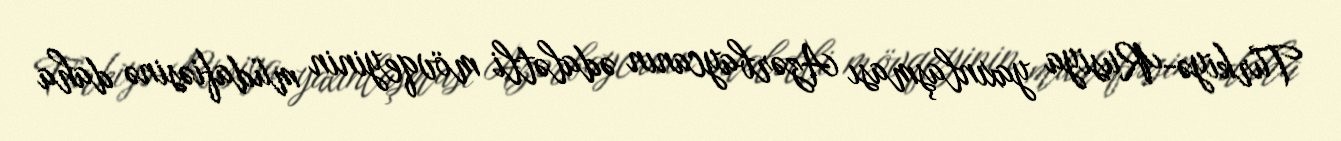
Türkiyə-Rusiya yaxınlaşması Azərbaycanın ədalətli mövqeyinin müdafiəsinə daha